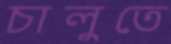
চালুতে